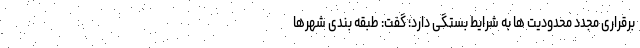
برقراری مجدد محدودیت ها به شرایط بستگی دارد؛ گفت: طبقه بندی شهرها